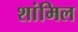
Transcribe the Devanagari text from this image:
शांमिल